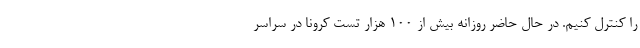
را کنترل کنیم. در حال حاضر روزانه بیش از ۱۰۰ هزار تست کرونا در سراسر